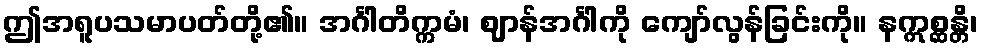
ဤအရူပသမာပတ်တို့၏။ အင်္ဂါတိက္ကမံ၊ ဈာန်အင်္ဂါကို ကျော်လွန်ခြင်းကို။ နဣစ္ဆန္တိ၊